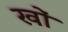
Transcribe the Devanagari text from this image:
खों